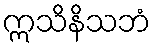
ဣသိနိသဘံ